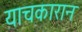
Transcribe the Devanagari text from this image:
याचकारान